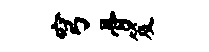
穹骨笈